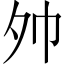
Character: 𪤷